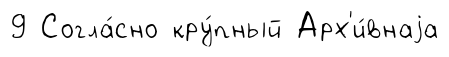
9 Согла́сно кру́пный Арх'и́внаjа